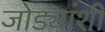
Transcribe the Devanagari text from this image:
जोड्यांशी